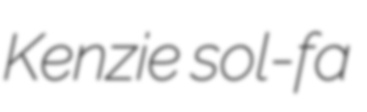
Kenzie sol-fa